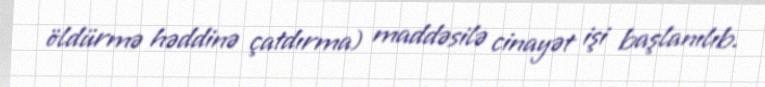
öldürmə həddinə çatdırma) maddəsilə cinayət işi başlanılıb.